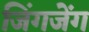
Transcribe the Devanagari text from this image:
जिंगजेंग